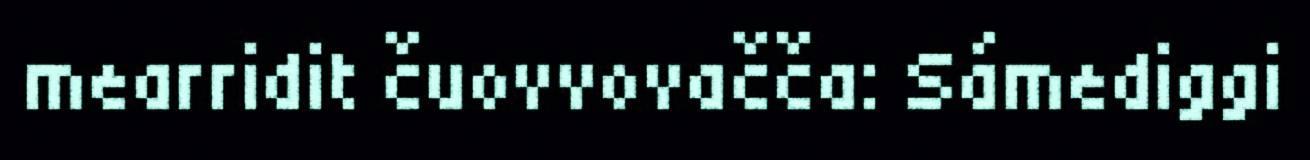
mearridit čuovvovačča: Sámediggi